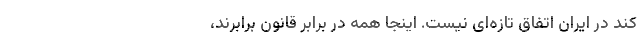
کند در ایران اتفاق تازه‌ای نیست. اینجا همه در برابر قانون برابرند،